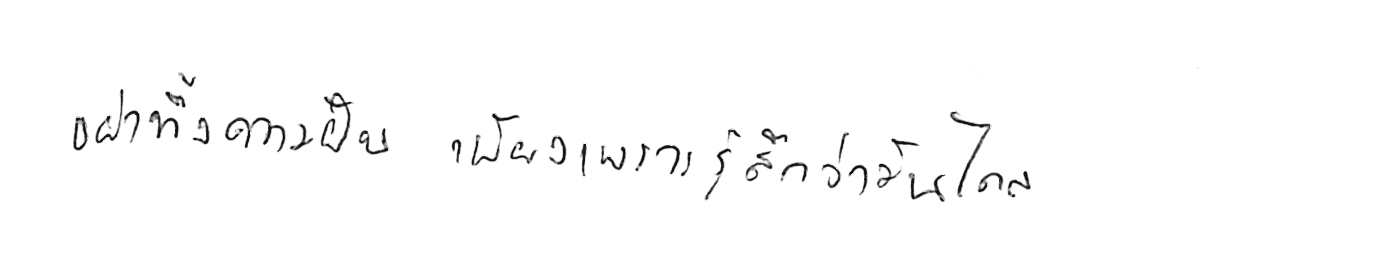
อย่าทิ้งความฝัน เพียงเพราะรู้สึกว่ามันไกล